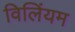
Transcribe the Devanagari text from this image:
विलिंयम